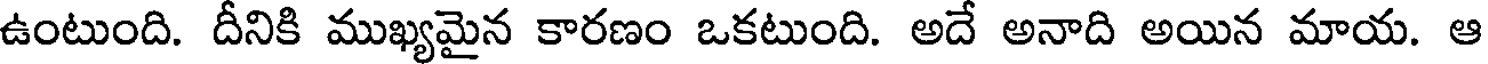
ఉంటుంది. దీనికి ముఖ్యమైన కారణం ఒకటుంది. అదే అనాది అయిన మాయ. ఆ